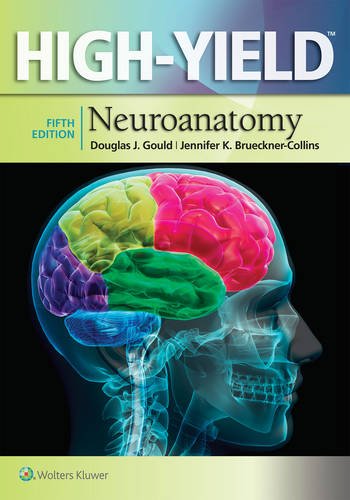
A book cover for High-Yield(TM) Neuroanatomy (High-Yield  Series); Douglas J. Gould PhD; Medical Books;